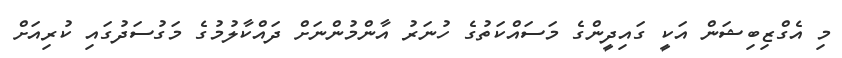
މި އެގްޒިބިޝަން އަކީ ގައިދީންގެ މަސައްކަތުގެ ހުނަރު އާންމުންނަށް ދައްކާލުމުގެ މަގުސަދުގައި ކުރިއަށް